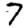
Digit: 7